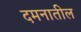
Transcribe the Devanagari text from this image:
दमनातील